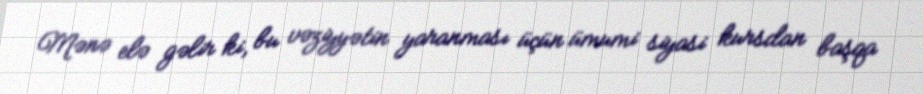
Mənə elə gəlir ki, bu vəziyyətin yaranması üçün ümumi siyasi kursdan başqa